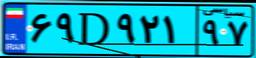
۰۴D۰۶۸۱۳